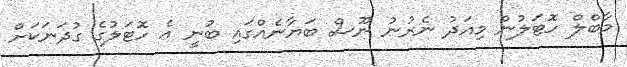
މާބްލް ހޮޓަލުން މިއަދު ނެރުނު ނޫސް ބަޔާނެއްގައި ބުނީ އެ ހޮޓަލުގެ ގުދަނަކަށް